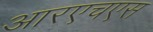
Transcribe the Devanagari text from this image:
आरएचएस